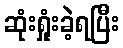
ဆုံးရှုံးခဲ့ရပြီး